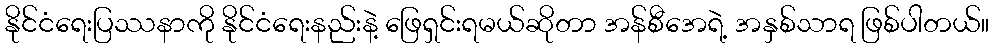
နိုင်ငံရေးပြဿနာကို နိုင်ငံရေးနည်းနဲ့ ဖြေရှင်းရမယ်ဆိုတာ အန်စီအေရဲ့ အနှစ်သာရ ဖြစ်ပါတယ်။